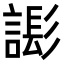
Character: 𧫄